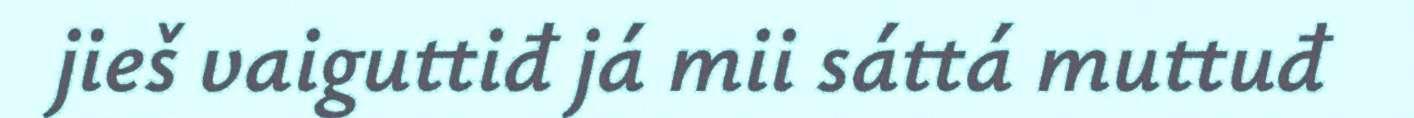
jieš vaiguttiđ já mii sáttá muttuđ